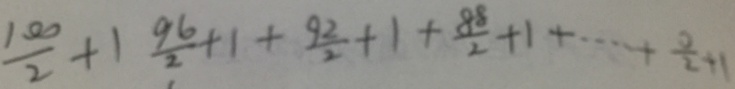
\frac { 1 0 0 } { 2 } + 1 \frac { 9 6 } { 2 } + 1 + \frac { 9 2 } { 2 } + 1 + \frac { 8 8 } { 2 } + 1 + \cdots + \frac { 0 } { 2 } + 1